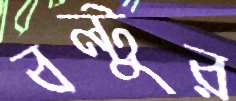
বল্টুর